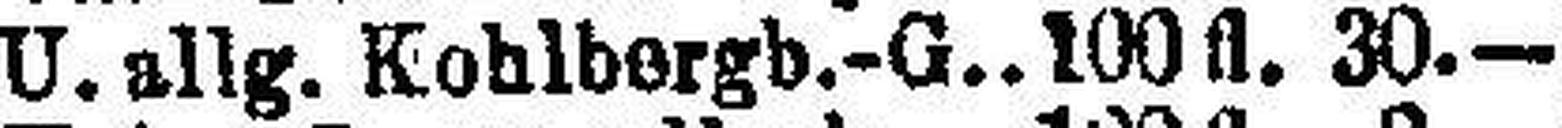
U. allg. Kohlbergb.-G. 100 fl. 30.—